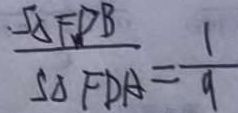
\frac { S _ { \Delta F D B } } { S _ { \Delta F D A } } = \frac { 1 } { 9 }